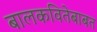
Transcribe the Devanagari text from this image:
बालकवितेबाबत